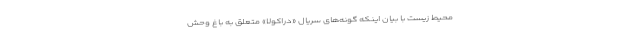
محیط زیست با بیان اینکه گونه‌های سریال «دراکولا» متعلق به باغ وحش